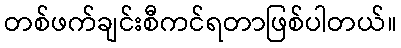
တစ်ဖက်ချင်းစီကင်ရတာဖြစ်ပါတယ်။